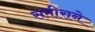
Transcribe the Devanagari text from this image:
समीराने